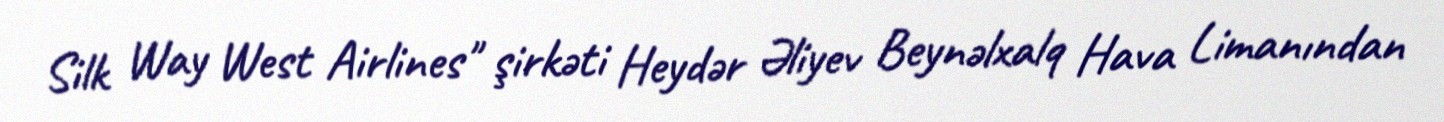
Silk Way West Airlines" şirkəti Heydər Əliyev Beynəlxalq Hava Limanından